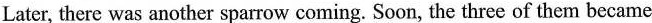
Later, there was another sparrow coming. Soon, the three of them becamc